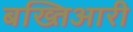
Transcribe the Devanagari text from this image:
बख्तिआरी